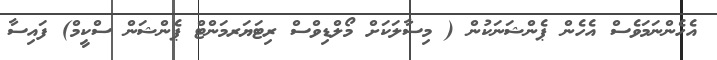
އެހެންނަމަވެސް އެހެން ޕެންޝަނަކުން ( މިސާލަކަށް މޯލްޑިވްސް ރިޓަޔަރމަންޓް ޕެންޝަން ސްކީމް) ފައިސާ